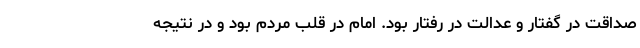
صداقت در گفتار و عدالت در رفتار بود. امام در قلب مردم بود و در نتیجه